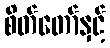
စိတ်တော်နှင့်